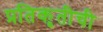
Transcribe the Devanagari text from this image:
प्रतिकृतीची